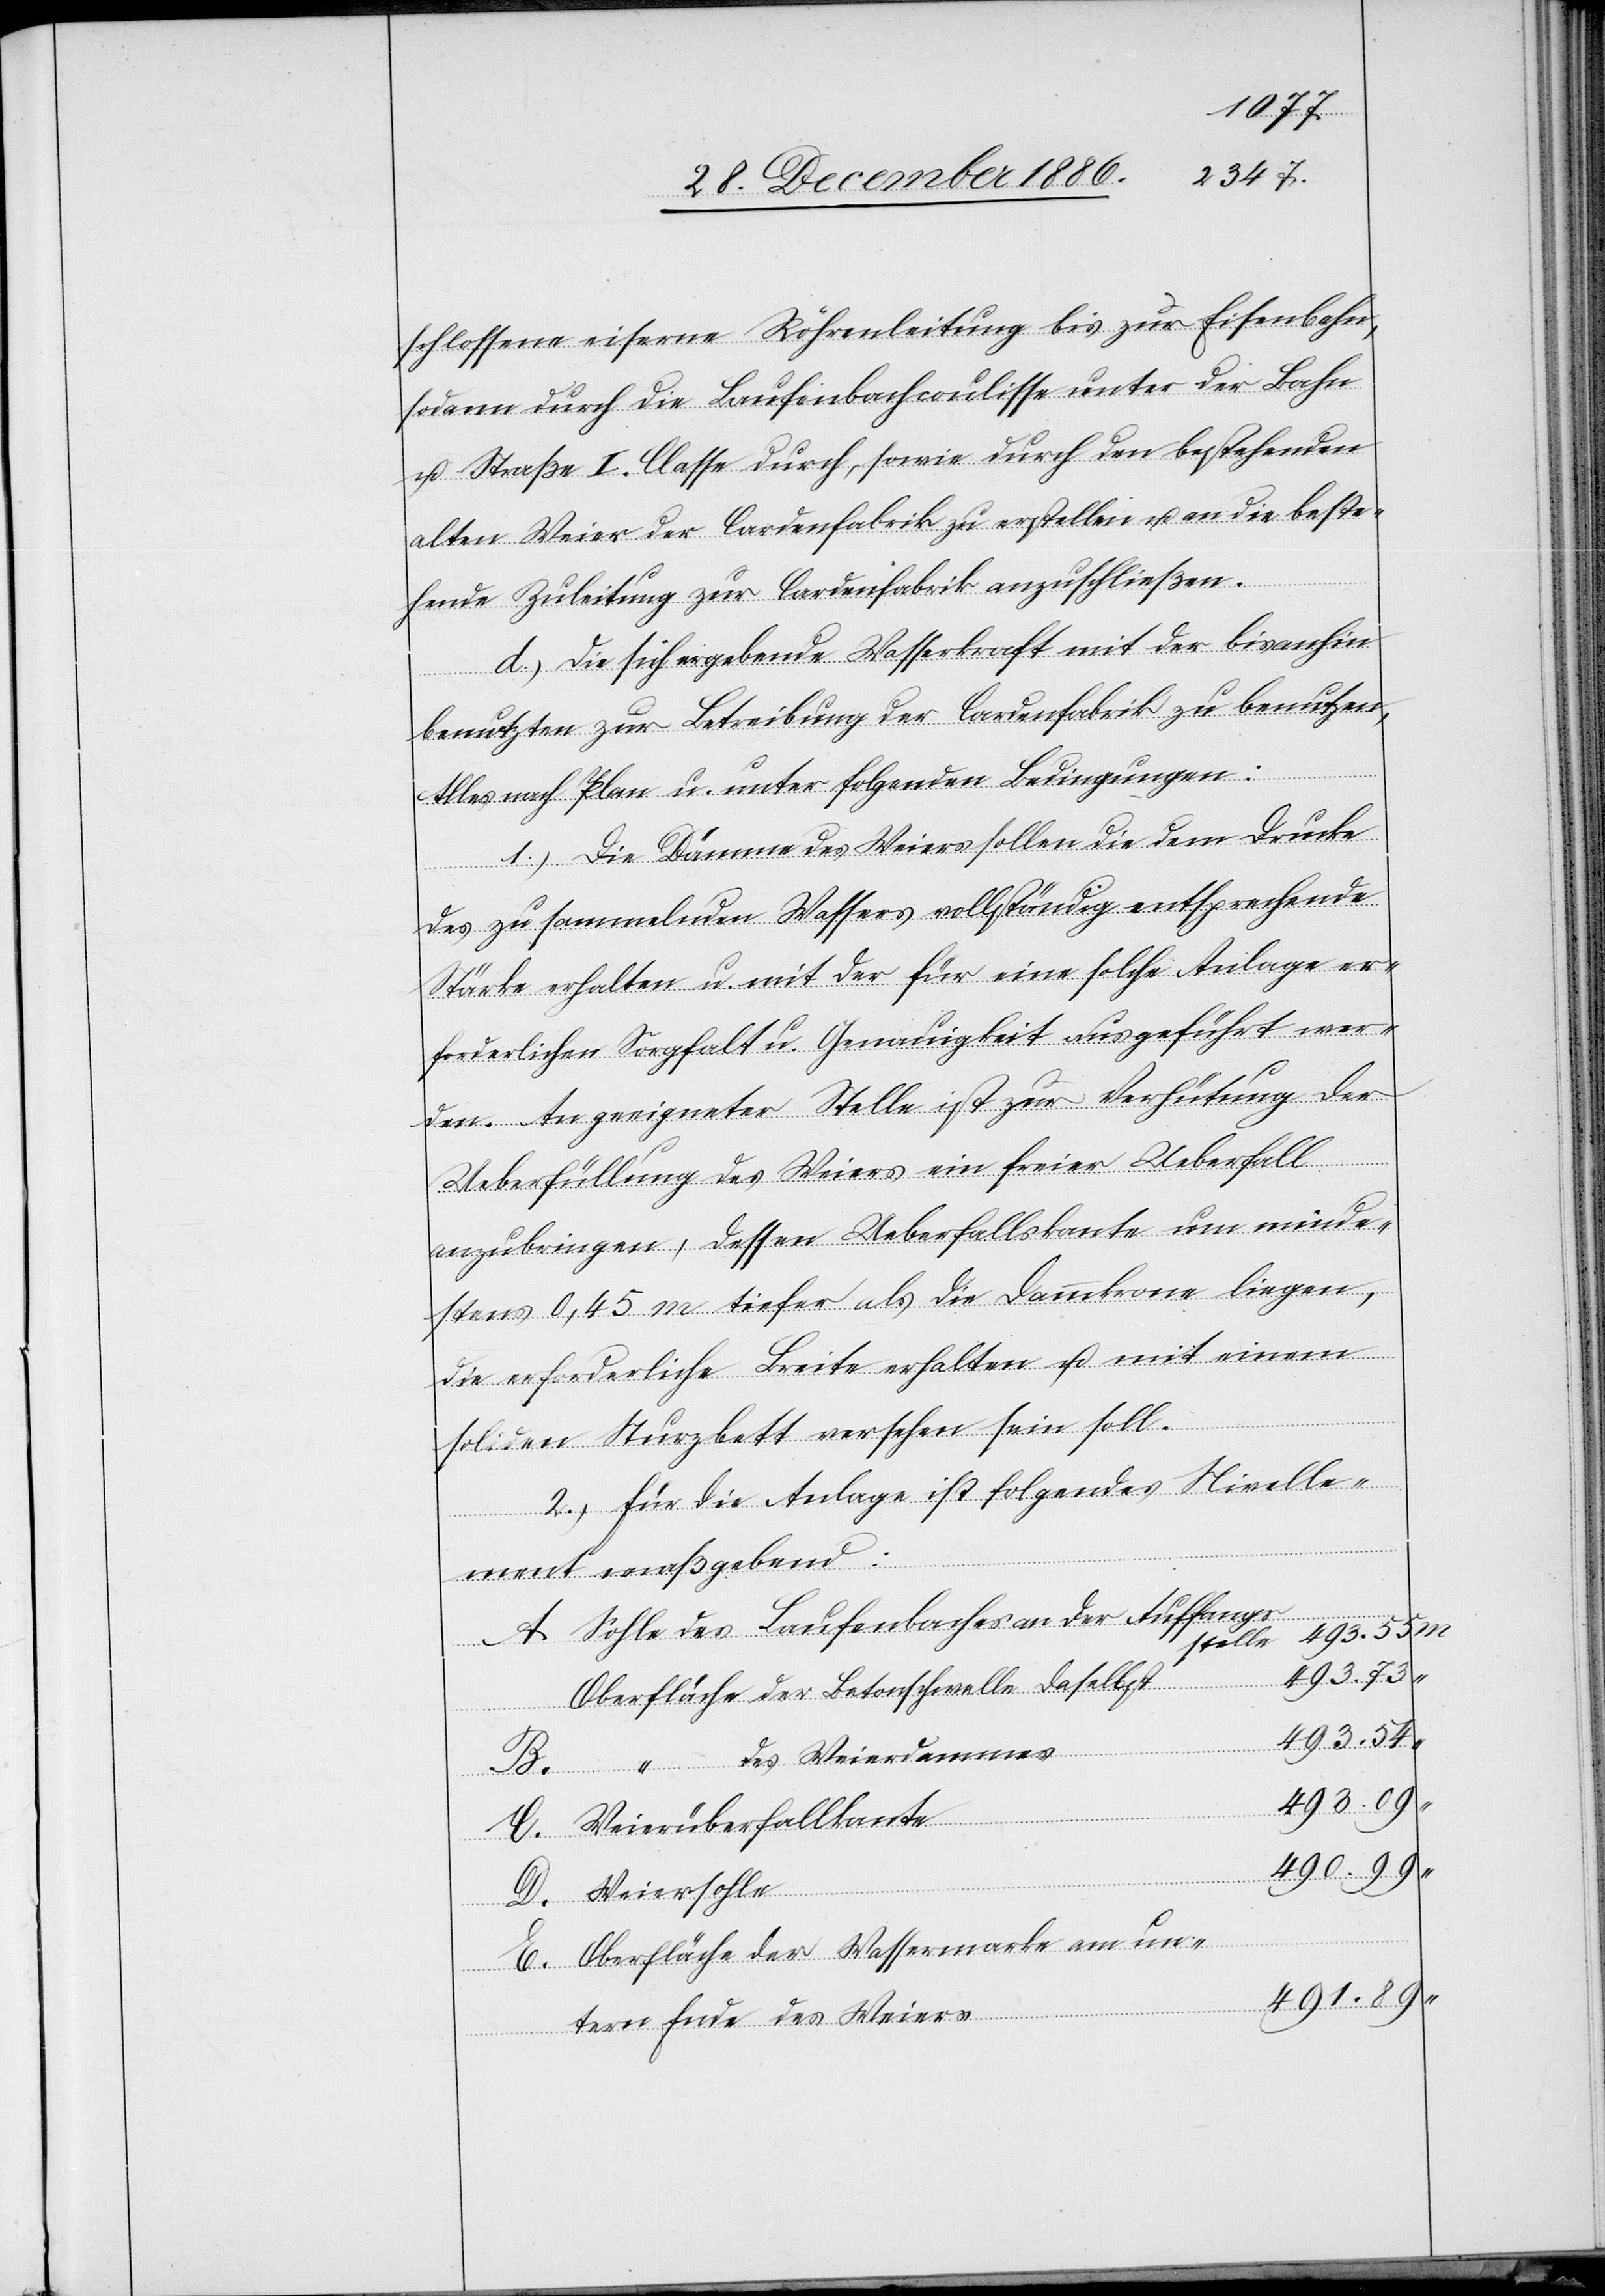
schlossene eiserne Röhrenleitung bis zur Eisenbahn,
sodann durch die Laufenbachcoulisse unter der Bahn
u. Straße I. Classe durch, sowie durch den bestehenden
alten Weier der Cardenfabrik zu erstellen u. an die beste¬
hende Zuleitung zur Cardenfabrik anzuschließen.
d.) die sich ergebende Wasserkraft mit der bisanhin
benutzten zur Betreibung der Cardenfabrik zu benutzen,
Alles nach Plan u. unter folgenden Bedingungen:
1.) Die Dämme des Weiers sollen die dem Drucke
des zu sammelnden Wassers vollständig entsprechende
Stärke erhalten u. mit der für eine solche Anlage er¬
forderlichen Sorgfalt u. Genauigkeit ausgeführt wer¬
den. An geeigneter Stelle ist zur Verhütung der
Ueberfüllung des Weiers ein freier Ueberfall
anzubringen, dessen Ueberfallskante um minde¬
stens 0,45 m tiefer als die Dammkrone liegen,
die erforderliche Breite erhalten u. mit einem
soliden Sturzbett versehen sein soll.
2.) Für die Anlage ist folgendes Nivelle¬
E.
ment maßgebend:
Sohle des Laufenbaches an der Auffangs¬
493.55
stelle
Oberfläche der Betonschwelle daselbst
493.73
“ des Weierdammes
490.99
Weierüberfallkante
D.
Weiersohle
Oberfläche der Wassermarke am un¬
491.89
tern Ende des Weiers